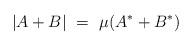
LaTeX: \begin{align*}|A + B|\ =\ \mu(A^* + B^*)\end{align*}